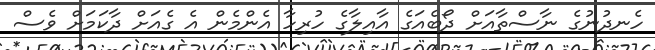
ހެނދުނުގެ ނާސްތާއަށް ދޯބެއަގެ އާއިލާގެ ހުރިހާ އެންމެން އެ ގެއަށް ދާކަމަށް ވެސް